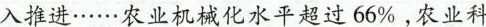
入推进……农业机械化水平超过66%，农业科